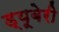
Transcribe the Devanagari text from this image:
ड्यूबेरी